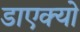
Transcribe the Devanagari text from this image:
डाएक्यो